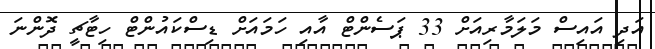
އަދި އައިސް މަލަމާރިއަށް 33 ޕަސެންޓް އާއި ހަމައަށް ޑިސްކައުންޓް ހިޓާޗީ ދޮންނަ